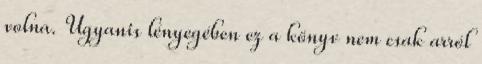
volna. Ugyanis lényegében ez a könyv nem csak arról